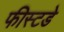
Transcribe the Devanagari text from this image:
फीस्टडे